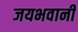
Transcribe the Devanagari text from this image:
जयभवानी